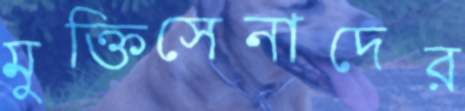
মুক্তিসেনাদের